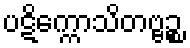
ပဋိက္ကောသိတဗ္ဗဉ္စ